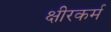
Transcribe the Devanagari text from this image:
क्षीरकर्म